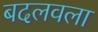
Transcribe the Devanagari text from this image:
बदलवला